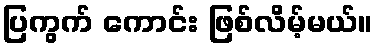
ပြကွက် ကောင်း ဖြစ်လိမ့်မယ်။